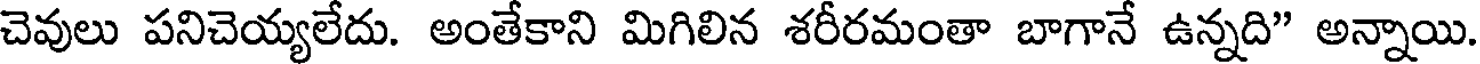
చెవులు పనిచెయ్యలేదు. అంతేకాని మిగిలిన శరీరమంతా బాగానే ఉన్నది" అన్నాయి